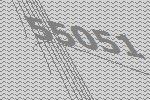
55051